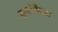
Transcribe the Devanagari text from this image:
डायोफैंटस